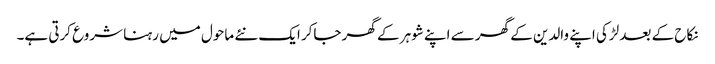
نکاح کے بعد لڑکی اپنے والدین کے گھر سے اپنے شوہر کے گھر جاکر ایک نئے ماحول میں رہنا شروع کرتی ہے۔